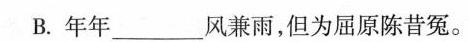
B.年年_____风兼雨，但为屈原陈昔冤。